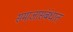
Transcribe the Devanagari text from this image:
समाजासंबंधात